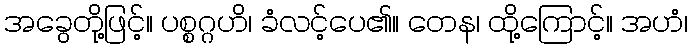
အခွေတို့ဖြင့်။ ပစ္စဂ္ဂဟိ၊ ခံလင့်ပေ၏။ တေန၊ ထို့ကြောင့်။ အဟံ၊